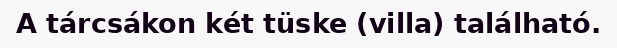
A tárcsákon két tüske (villa) található.